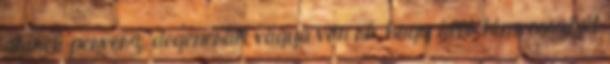
akinek perverz, degenerált vágya van rá, hogy álló hímvesszőjét